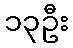
၁၃ဦး